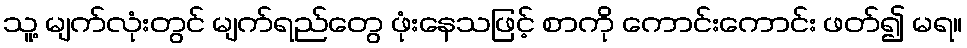
သူ့ မျက်လုံးတွင် မျက်ရည်တွေ ဖုံးနေသဖြင့် စာကို ကောင်းကောင်း ဖတ်၍ မရ။